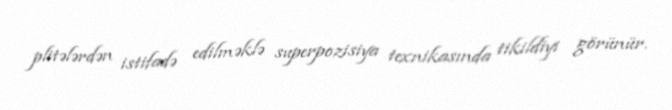
plitələrdən istifadə edilməklə superpozisiya texnikasında tikildiyi görünür.